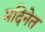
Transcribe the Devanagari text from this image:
मदिनेत